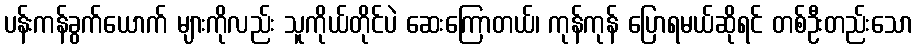
ပန်းကန်ခွက်ယောက် များကိုလည်း သူကိုယ်တိုင်ပဲ ဆေးကြောတယ်၊ ကုန်ကုန် ပြောရမယ်ဆိုရင် တစ်ဦးတည်းသော